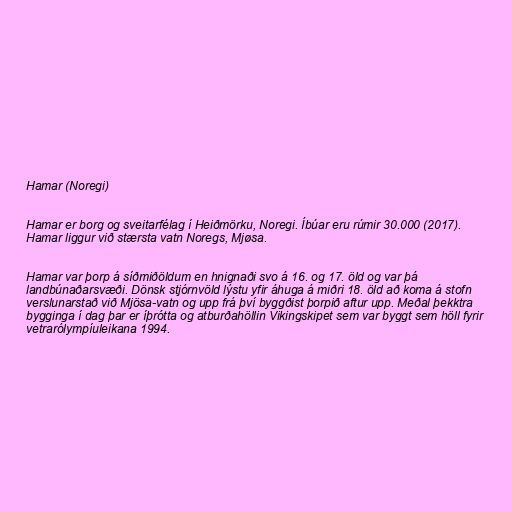
Hamar (Noregi)

Hamar er borg og sveitarfélag í Heiðmörku, Noregi. Íbúar eru rúmir 30.000 (2017).
Hamar liggur við stærsta vatn Noregs, Mjøsa.

Hamar var þorp á síðmiðöldum en hnignaði svo á 16. og 17. öld og var þá
landbúnaðarsvæði. Dönsk stjórnvöld lýstu yfir áhuga á miðri 18. öld að koma á stofn
verslunarstað við Mjösa-vatn og upp frá því byggðist þorpið aftur upp. Meðal þekktra
bygginga í dag þar er íþrótta og atburðahöllin Vikingskipet sem var byggt sem höll fyrir
vetrarólympíuleikana 1994.